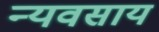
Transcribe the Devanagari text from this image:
न्यवसाय